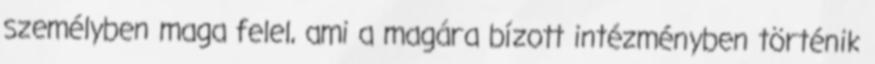
személyben maga felel, ami a magára bízott intézményben történik